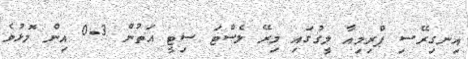
އިނގިރޭސި ޕްރިމިއާ ލީގުގައި މިރޭ ލެސްޓަ ސިޓީ އަތުން 3-0 އިން މޮޅުވެ